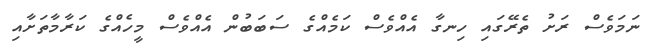
ނަމަވެސް ރަށު ތެރޭގައި ހިނގާ އެއްވެސް ކަމެއްގެ ސަބަބުން އެއްވެސް މީހެއްގެ ކަރާމާތަށާއި